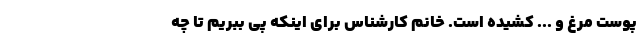
پوست مرغ و ... کشیده است. خانم کارشناس برای اینکه پی ببریم تا چه